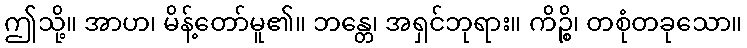
ဤသို့။ အာဟ၊ မိန့်တော်မူ၏။ ဘန္တေ၊ အရှင်ဘုရား။ ကိဉ္စိ၊ တစုံတခုသော။